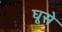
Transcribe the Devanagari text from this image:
घूसे